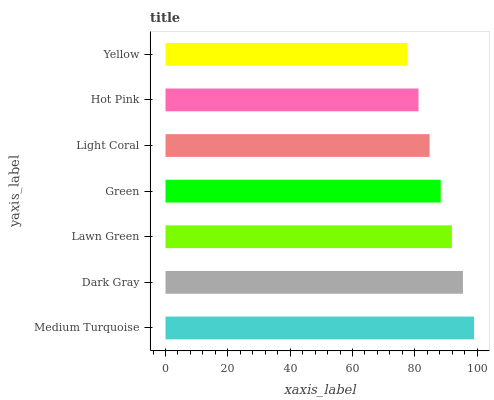
| yaxis_label | bars |
 | --- | --- |
 | Medium Turquoise | 99 |
 | Dark Gray | 95.4 |
 | Lawn Green | 91.9 |
 | Green | 88.3 |
 | Light Coral | 84.7 |
 | Hot Pink | 81.2 |
 | Yellow | 77.6 |